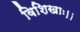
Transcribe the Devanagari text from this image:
विशिखाः।।